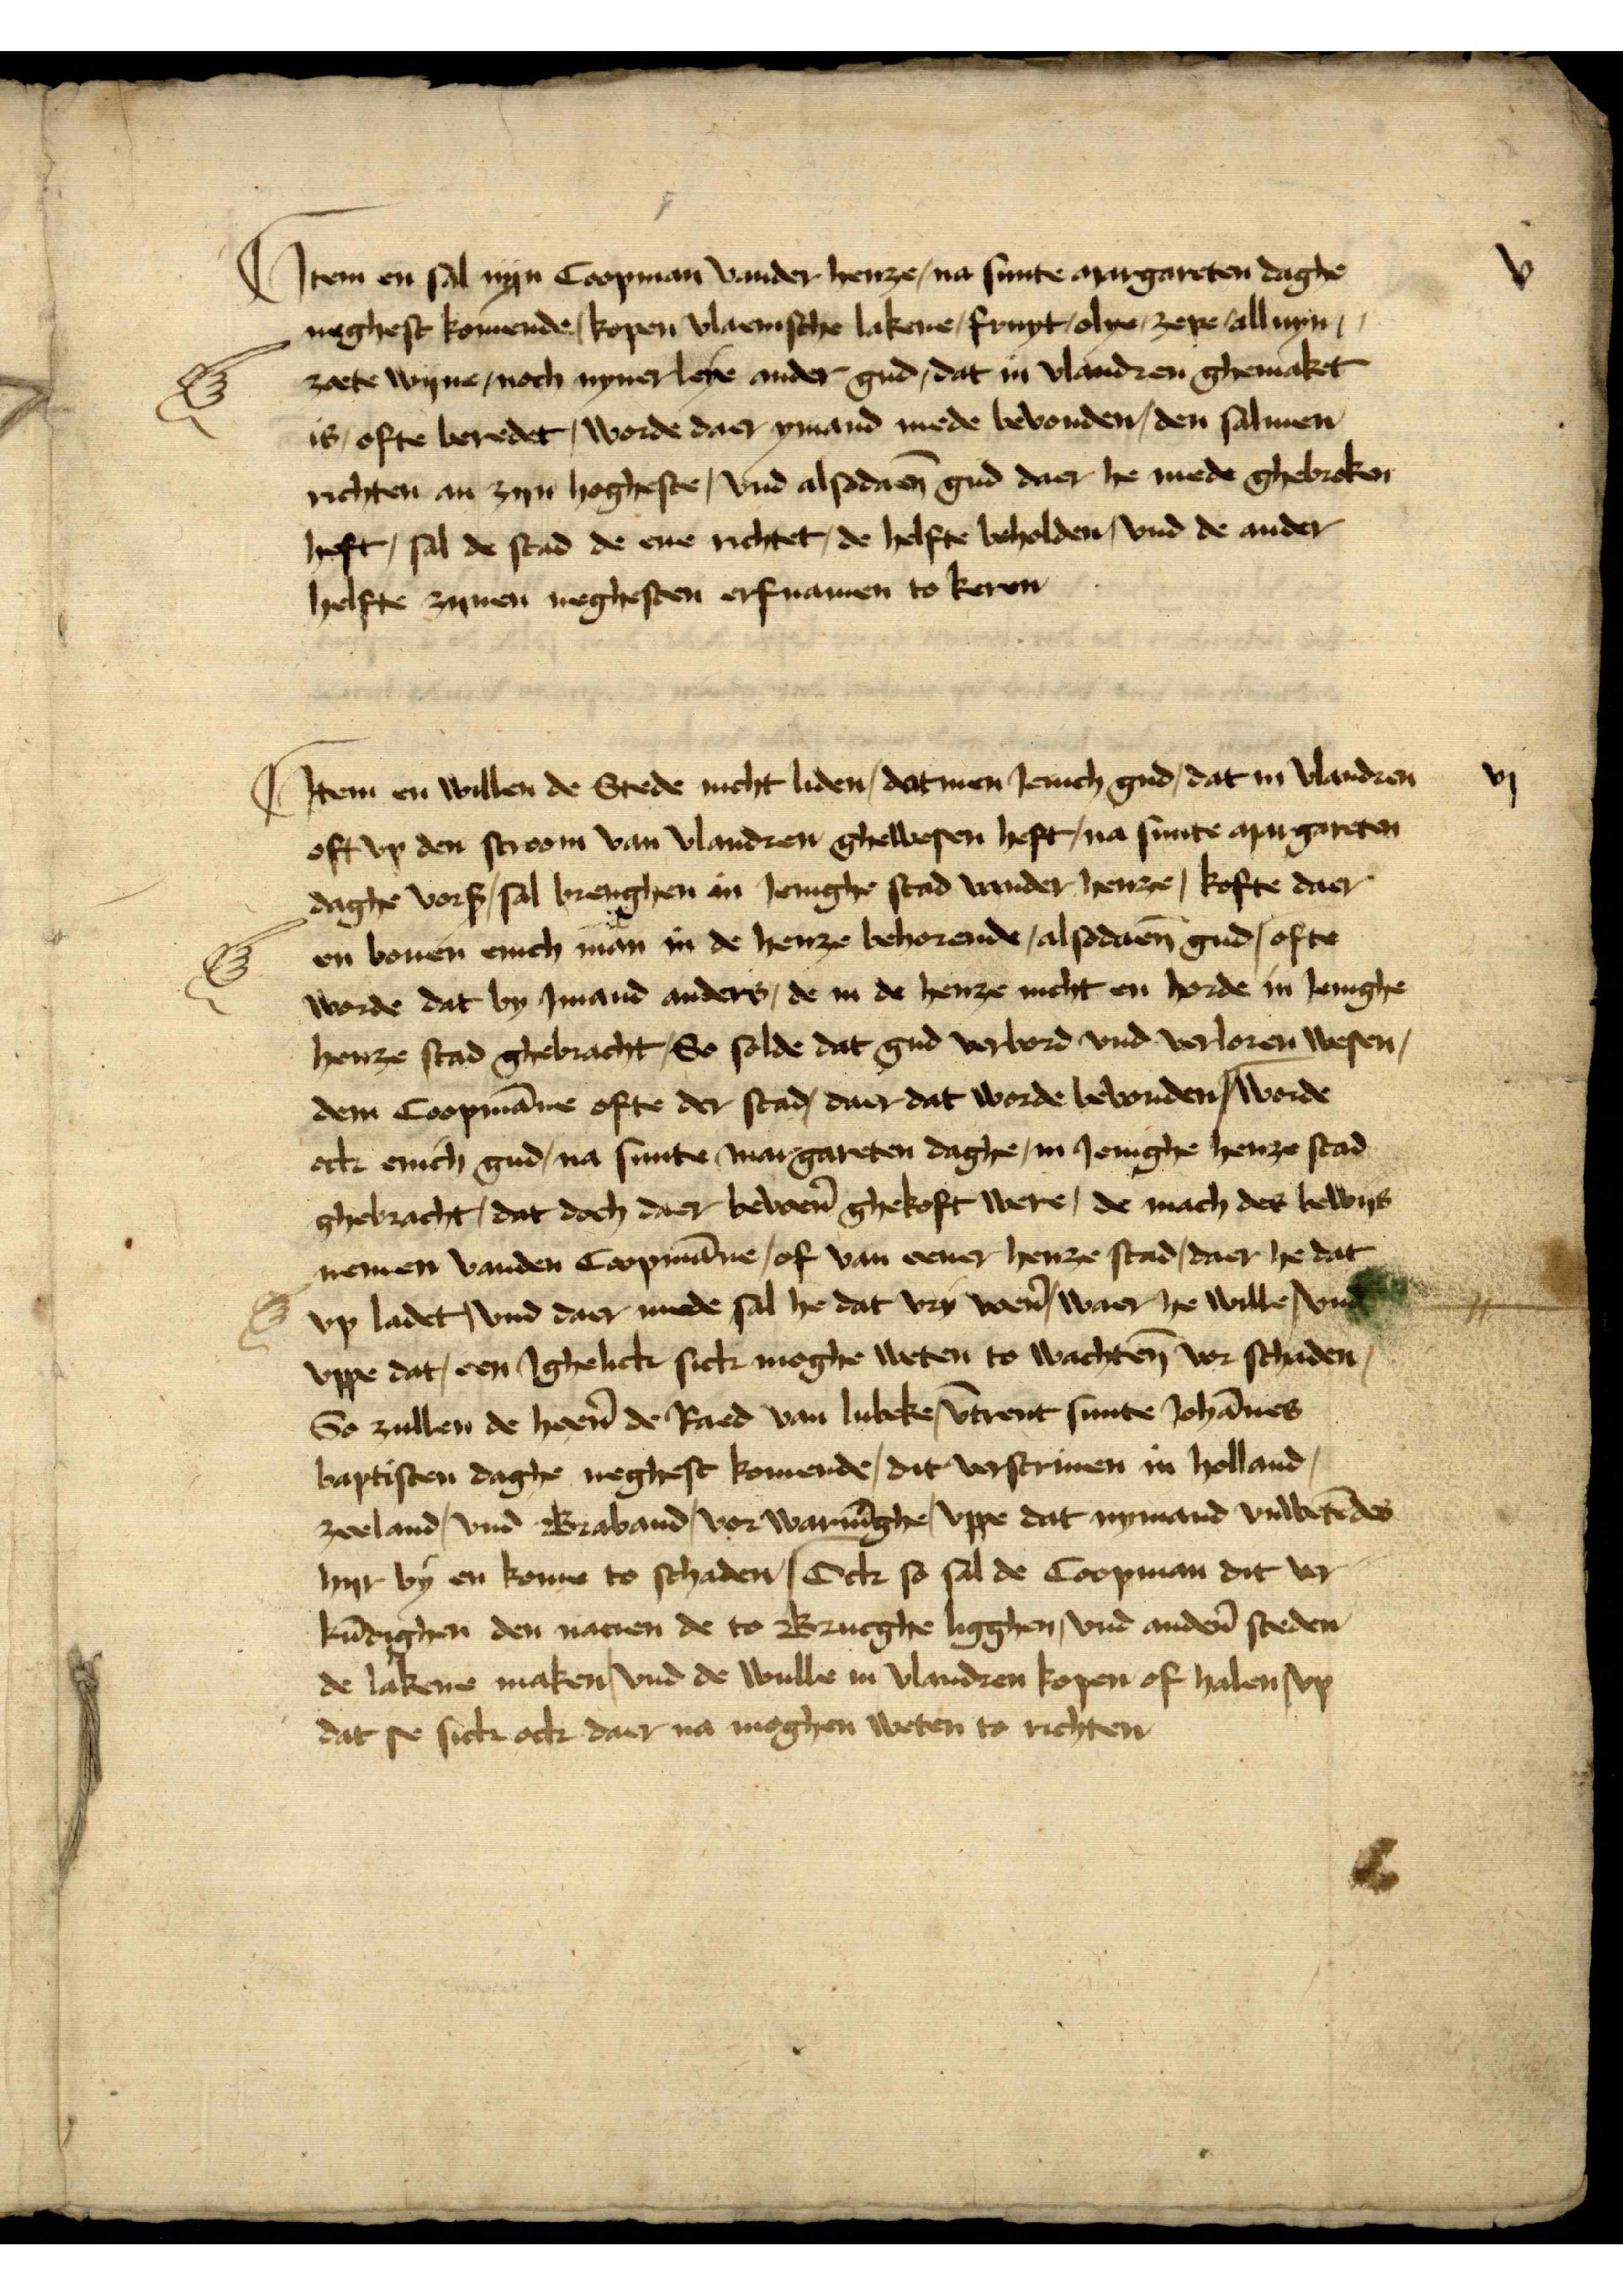
Jtem en sal nyn Coopman vander henze, na sunte Margareten dage
neghest komende, kopen vlaemsche lakene, fruyt olye, zepe, allnyn,
zaete wyne, noch nynerleye ander gud, dat in Vlandren ghemaket
is, offte beredet, worde daer ymand mede bevonden, den salmen
richten an zyn hogheste, vnd alsodāen gud daer he mede ghebreken
heft, sal de stad de ene richtet, de helfte beholden, vnd de ander
helfte zynen neghesten erfnamen to keren

Jtem en willen de Stede nicht liden, dat men Jenich gud, dat in Vlandren
oft vp den stroom van Vlandren ghewesen heft, na sunte Margareten
daghe vorß sal brenghen in Jenighe stad vander henze, kofte daer
en bouen enich man in de henze behorende, alsodāen gud offte
worde dat by Jmand anders, de in de henze nicht en horde in Jenighe
henze stad ghebracht, so solde dat gud verbord vnd verloren wesen,
dem Coopmāne ofte der stad daer dat worde bevonden | worde
ock enich gud, na sunte Margareten daghe in Jenighe henze stad
ghebracht, dat doch daer bevoer̉ gekoft were, de mach des bewys
nemen vanden Coopmāne, of van eener henze stad daer he dat
vp ladet, vnd daer mede sal he dat vry wẻn waer he wille, vnd
vppe dat, een ghelick sick moghe weten to wachten vor schaden
So zullen de heẻn de Raed van Lubeke, v̄trent sunte Johānes
baptisten dage neghest komende, dit vorscriuen in Holland,
Zeeland, vnd Braband, vorwarnīge, vppe dat nymand vnwetēdes
hyr by en konne to schaden, | Ock so sal de Coopman dit vor¬
kūdighen den nacien de to Brucge liggen, vnd andẻn steden
de lakene maken, vnd de wulle in Vlandren kopen of halen, vp
dat se sick ock daer na moghen weten to richten